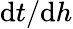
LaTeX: \mathrm{d}t/\mathrm{d}h